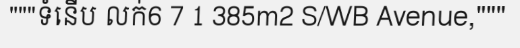
"""ទំនើប លក់6 7 1 385m2 S/WB Avenue,"""